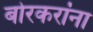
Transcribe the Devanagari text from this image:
बोरकरांना